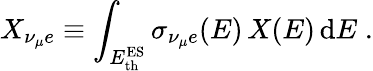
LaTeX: X_{\nu_{\mu}e}\equiv\int_{E_{\mathrm{th}}^{\mathrm{ES}}}\sigma_{\nu_{\mu}e}(E)\, X(E)\, {\mathrm{d}}E\; .